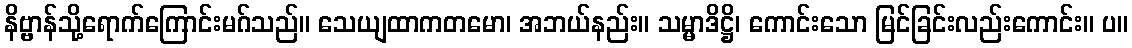
နိဗ္ဗာန်သို့ရောက်ကြောင်းမဂ်သည်။ သေယျထာကတမော၊ အဘယ်နည်း။ သမ္မာဒိဋ္ဌိ၊ ကောင်းသော မြင်ခြင်းလည်းကောင်း။ ပ။